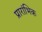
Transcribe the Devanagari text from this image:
प्रारांभिक